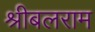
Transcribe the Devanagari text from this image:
श्रीबलराम